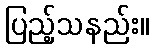
ပြည့်သနည်း။